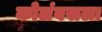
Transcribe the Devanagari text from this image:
कोलंबसला